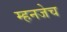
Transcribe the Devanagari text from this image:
म्हनजेच